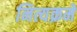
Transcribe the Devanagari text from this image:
नित्यक्रमे